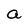
Character: a